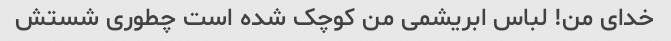
خدای من! لباس ابریشمی من کوچک شده است چطوری شستش